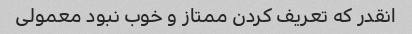
انقدر که تعریف کردن ممتاز و خوب نبود معمولی